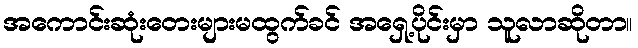
အကောင်းဆုံးတေးများမထွက်ခင် အရှေ့ပိုင်းမှာ သူလာဆိုတာ။